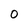
Character: O